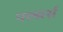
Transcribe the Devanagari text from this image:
पल्सर्स